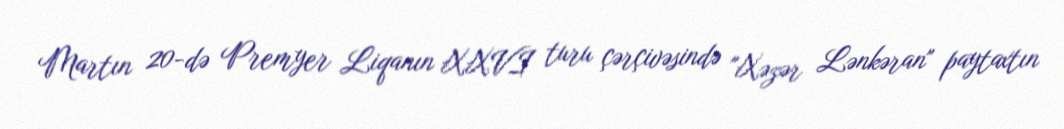
Martın 20-də Premyer Liqanın XXVI turu çərçivəsində "Xəzər Lənkəran" paytaxtın